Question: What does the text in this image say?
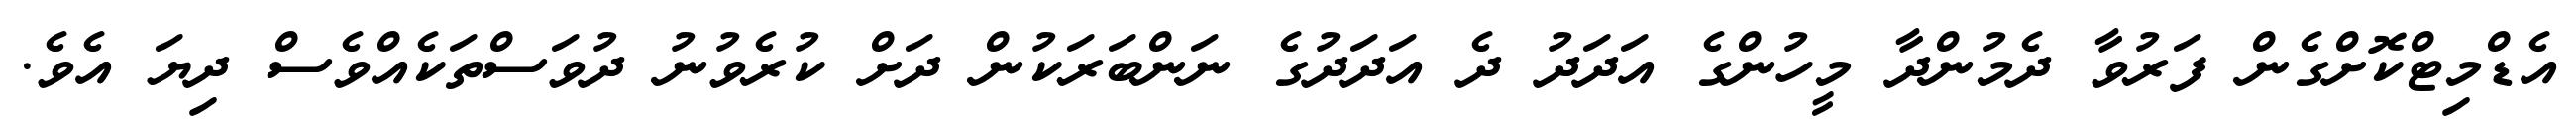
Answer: އެޑްމިޓްކޮށްގެން ފަރުވާ ދެމުންދާ މީހުންގެ އަދަދު ދެ އަދަދުގެ ނަންބަރަކުން ދަށް ކުރެވުނު ދުވަސްތަކެއްވެސް ދިޔަ އެވެ.